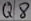
Text: Q8